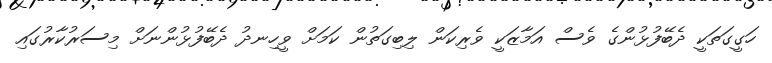
ހަގީގަތަކީ ދެބޭފުޅުންގެ ވެސް އަމާޒަކީ ވެރިކަން ލިބިގަތުން ކަމަށް ވީހިނދު ދެބޭފުޅުންނަށް މިސަރުކާރުގައި